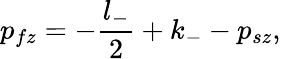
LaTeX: p_{fz}=-{\frac{l_{-}}{2}}+k_{-}-p_{sz},